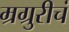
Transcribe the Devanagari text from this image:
म्रग्रुरीचं